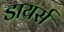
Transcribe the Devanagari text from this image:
डायर्स